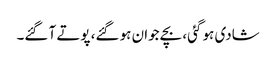
شادی ہو گئی، بچے جوان ہو گئے، پوتے آ گئے۔